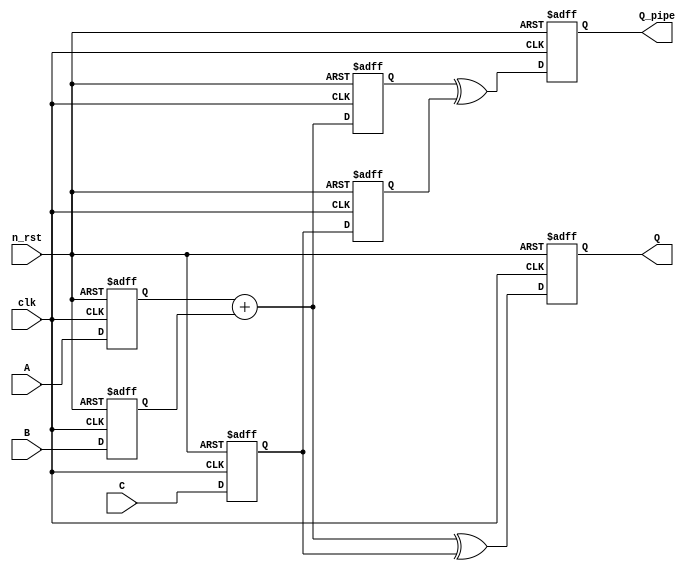
module task_14(clk, n_rst, A, B, C, Q, Q_pipe);
        
  parameter WIDTH = 4;
  
  input   clk, n_rst;
  input  [WIDTH-1: 0]   A, B, C;
  output reg [WIDTH-1: 0]   Q, Q_pipe;
  
  reg   [WIDTH-1: 0]    qA_r, qB_r, qC_r, AB_sum_2_r, qC_2_r;
  wire  [WIDTH-1: 0]    AB_sum, ABxorC, ABxorC_2;
    
  always @(posedge clk or negedge n_rst) begin
    if(!n_rst) begin
      qA_r <= 0;
      qB_r <= 0;
      qC_r <= 0;
      Q  <= 0;
      
      //Pipe-line
      qC_2_r <= 0;
      AB_sum_2_r <= 0;
      Q_pipe <= 0;
    end
    else begin
    
      qA_r <= A;
      qB_r <= B;
      qC_r <= C;
      Q  <= ABxorC;
      
      //Pipe-line
      AB_sum_2_r <= AB_sum;
      qC_2_r <= qC_r; 
      Q_pipe <= ABxorC_2;
      
    end
  end

  assign  AB_sum    = qA_r + qB_r;
  assign  ABxorC    = AB_sum ^ qC_r;
  
  //Pipe-line
  assign  ABxorC_2  = AB_sum_2_r ^ qC_2_r; 

endmodule